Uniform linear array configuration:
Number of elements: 48
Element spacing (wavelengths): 1
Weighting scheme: binomial
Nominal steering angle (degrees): -15
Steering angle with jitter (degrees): -15.682
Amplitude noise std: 0.05
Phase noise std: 0.05

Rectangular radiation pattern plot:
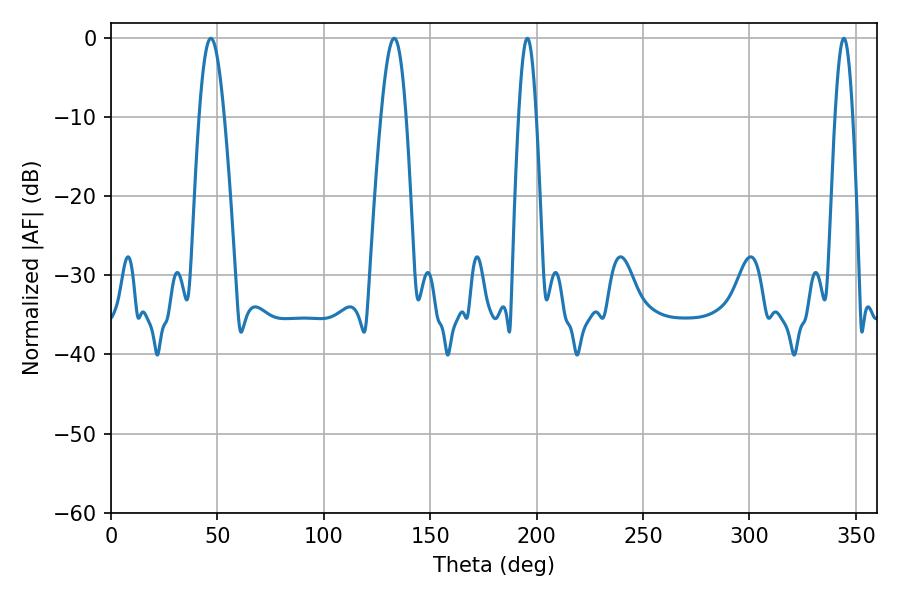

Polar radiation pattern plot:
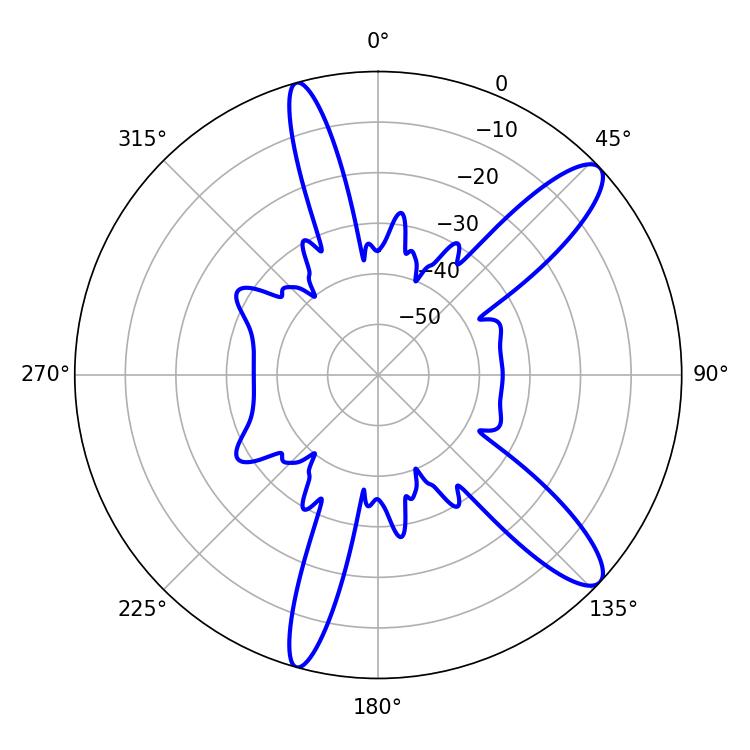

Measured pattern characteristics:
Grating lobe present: TRUE
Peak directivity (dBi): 11.836
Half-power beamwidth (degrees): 4.32
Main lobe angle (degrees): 195.66